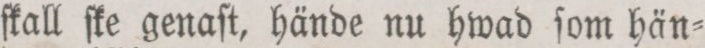
ſkall ſke genaſt, hände nu hwad ſom hän=